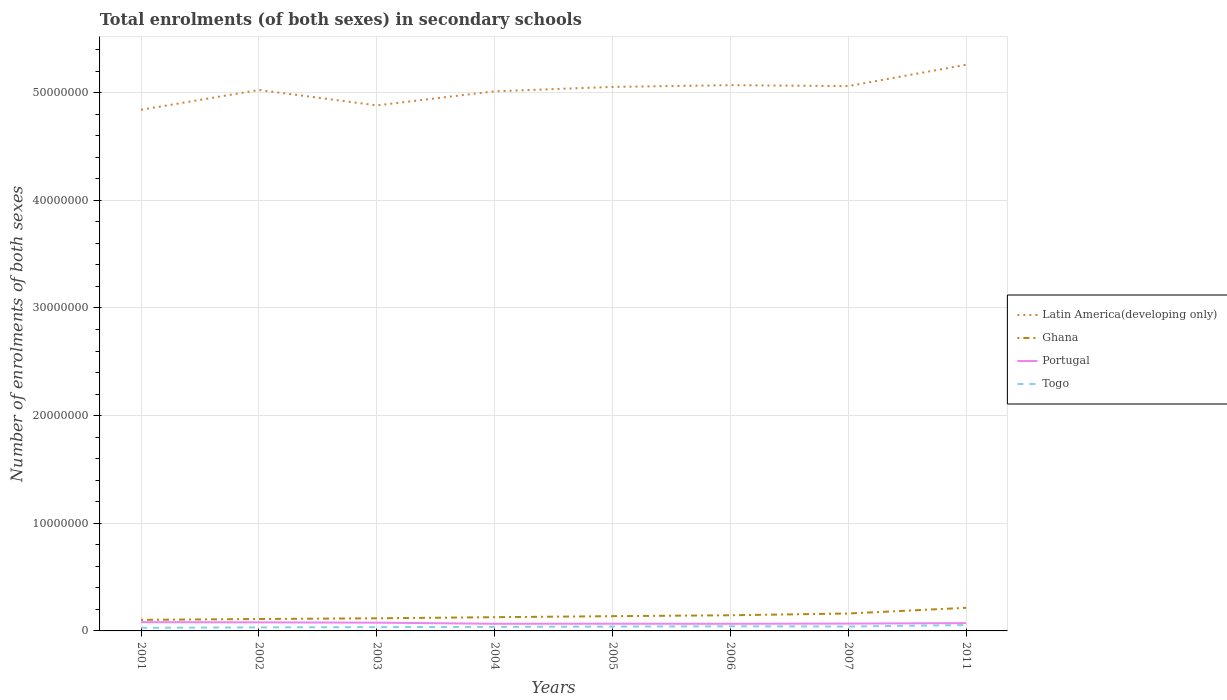
| Years | Latin America(developing only) | Ghana | Portugal | Togo |
 | --- | --- | --- | --- | --- |
 | 2001 | 4.84e+07 | 1.03e+06 | 8.13e+05 | 2.88e+05 |
 | 2002 | 5.03e+07 | 1.11e+06 | 7.97e+05 | 3.29e+05 |
 | 2003 | 4.88e+07 | 1.17e+06 | 7.66e+05 | 3.55e+05 |
 | 2004 | 5.01e+07 | 1.28e+06 | 6.65e+05 | 3.75e+05 |
 | 2005 | 5.05e+07 | 1.37e+06 | 6.7e+05 | 4.04e+05 |
 | 2006 | 5.07e+07 | 1.45e+06 | 6.62e+05 | 4.3e+05 |
 | 2007 | 5.06e+07 | 1.62e+06 | 6.8e+05 | 4.09e+05 |
 | 2011 | 5.26e+07 | 2.15e+06 | 7.26e+05 | 5.46e+05 |